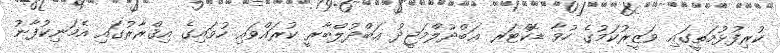
ކުރިފުޅުމަތީގައި ވަޒީރުކަމުގެ ހުވާ ޑޮކްޓަރ ޢަބްދުލްމަޖީދު ޢަބްދުލްބާރީ ކުރައްވައި ހުވައިގެ އިޤްރާރުގައި އެމަނިކުފާނު